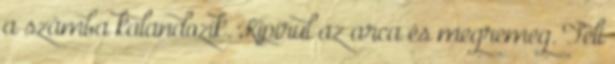
a számba kalandozik. Kipirul az arca és megremeg. Teli